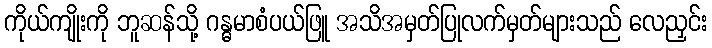
ကိုယ်ကျိုးကို ဘူဆန်သို့ ဂန္ဓမာစံပယ်ဖြူ အသိအမှတ်ပြုလက်မှတ်များသည် လေညှင်း